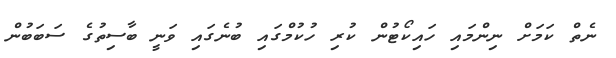
ނެތް ކަމަށް ނިންމައި ހައިކޯޓުން ކުރި ހުކުމްގައި ބުނެގައި ވަނީ ބާސިތުގެ ސަބަބުން